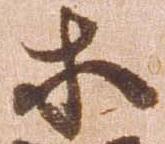
等